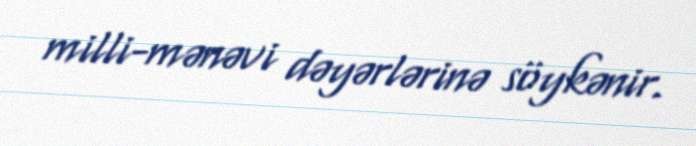
milli-mənəvi dəyərlərinə söykənir.